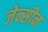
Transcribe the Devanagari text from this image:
जेन्सीन